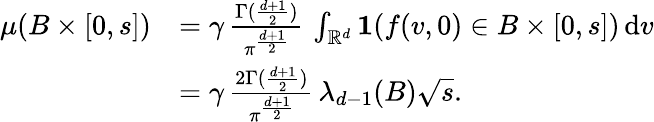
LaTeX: \begin{array}{rl}{\mu(B\times[0,s])}&{=\gamma\, {\frac{\Gamma({\frac{d+1}{2}})}{\pi^{\frac{d+1}{2}}}}\, \int_{\mathbb{R}^{d}}{\mathbf 1}(f(v,0)\in B\times[0,s])\, \mathrm{d}v}\\ &{=\gamma\, {\frac{2\Gamma({\frac{d+1}{2}})}{\pi^{\frac{d+1}{2}}}}\, \lambda_{d-1}(B)\sqrt{s}.}\end{array}